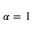
\alpha = 1